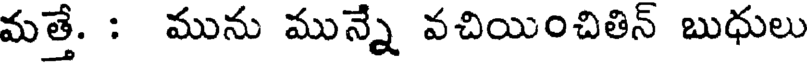
మత్తే. : మును మున్నే వచియించితిన్ బుధులు